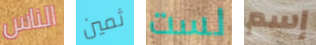
الناس ثمين لست إسم